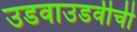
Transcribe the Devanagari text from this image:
उडवाउडवीची